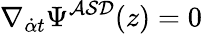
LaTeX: \nabla_{{\dot{\alpha}}t}\Psi^{{\cal ASD}}(z)=0